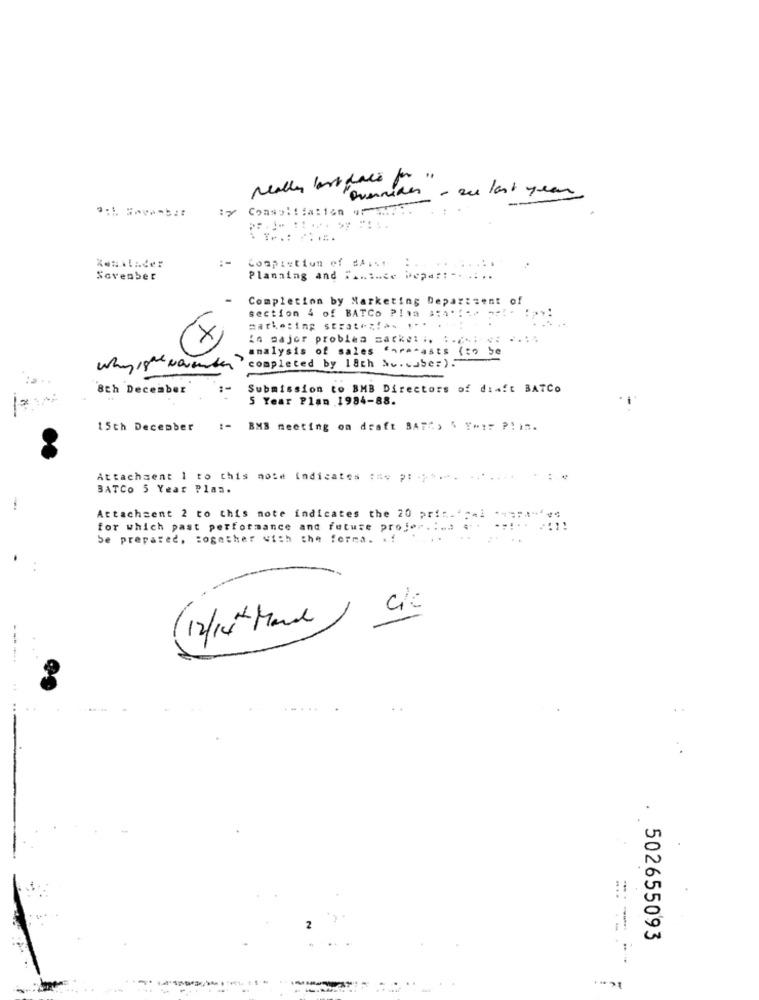
"overrides - sus last year
-
Completion of #4 ...
Sovenber
Planning and " ... 1.ce Depar: -. .. ..
Completion by Marketing Department of
section 4 of BATCo PINA
marketing strate ;! !
×
in major problea market .. ...... . ....
analysis of sales caracasts (to be
completed by 18th &c.cuber).
8th December
Submission to BMB Directors of diaft BATCo
5 Year Plan 1984-88.
15th December
BMS meeting on draft BATC, 4 YAIT P!In.
Attachsent 1 to this note indicates the p: - ) *.
BATCO 5 Year Plan.
Attachment 2 to this note indicates the 20 prin.' :- 1
for which past performance and future projen .: ..
be prepared, together with the forma. . !
12/14# Mare
....
502655093